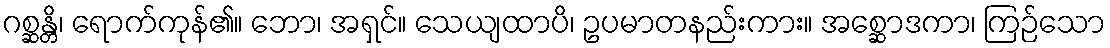
ဂစ္ဆန္တိ၊ ရောက်ကုန်၏။ ဘော၊ အရှင်။ သေယျထာပိ၊ ဥပမာတနည်းကား။ အစ္ဆောဒကာ၊ ကြဉ်သော